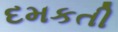
દમકતી